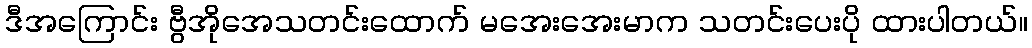
ဒီအကြောင်း ဗွီအိုအေသတင်းထောက် မအေးအေးမာက သတင်းပေးပို ထားပါတယ်။